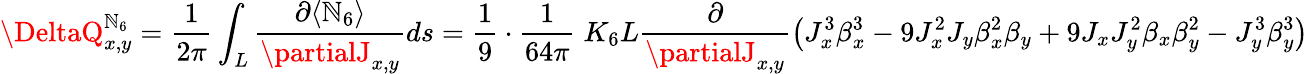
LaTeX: \DeltaQ_{x,y}^{\mathbb{N}_{6}}=\frac{{1}}{{2\pi}}\int_{L}\frac{{\partial\langle\mathbb{N}_{6}\rangle}}{{\partialJ_{x,y}}}ds=\frac{{1}}{{9}}\cdot\frac{{1}}{{64\pi}}\; K_{6}L\frac{{\partial}}{{\partialJ_{x,y}}}\left(J_{x}^{3}\beta_{x}^{3}-9J_{x}^{2}J_{y}\beta_{x}^{2}\beta_{y}+9J_{x}J_{y}^{2}\beta_{x}\beta_{y}^{2}-J_{y}^{3}\beta_{y}^{3}\right)